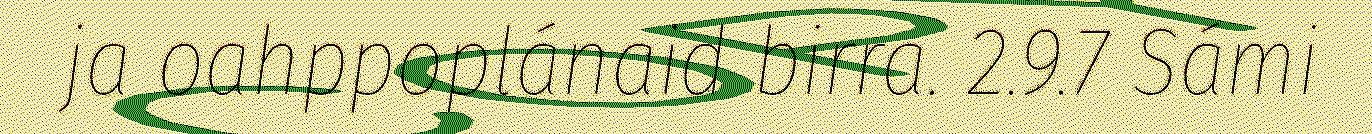
ja oahppoplánaid birra. 2.9.7 Sámi